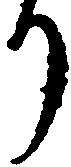
り